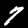
Label: 7